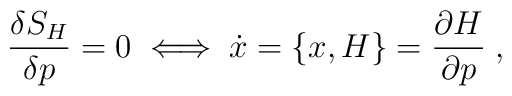
\frac{\delta S_{H}}{\delta p}=0 \;\Longleftrightarrow \;\dot{x}=\{x,H\}=\frac{\partial H}{\partial p} \; ,